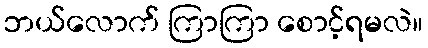
ဘယ်လောက် ကြာကြာ စောင့်ရမလဲ။